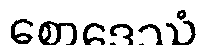
စောဒေဿံ